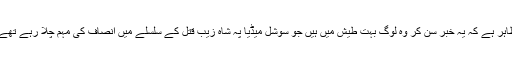
ظاہر ہے کہ یہ خبر سن کر وہ لوگ بہت طیش میں ہیں جو سوشل میڈیا پہ شاہ زیب قتل کے سلسلے میں انصاف کی مہم چلا رہے تھے۔